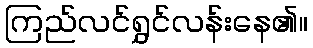
ကြည်လင်ရွှင်လန်းနေ၏။